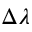
\Delta \lambda